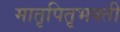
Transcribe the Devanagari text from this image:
मातृपितृभक्ती